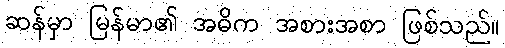
ဆန်မှာ မြန်မာ၏ အဓိက အစားအစာ ဖြစ်သည်။